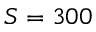
S = 3 0 0